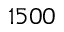
1 5 0 0